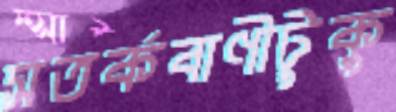
সতর্কবাণীটুকু